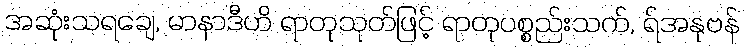
အဆုံးသရချေ, မာနာဒီဟိ ရာတုသုတ်ဖြင့် ရာတုပစ္စည်းသက်, ရ်အနုဗန်